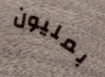
بمليون